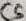
Text: C5